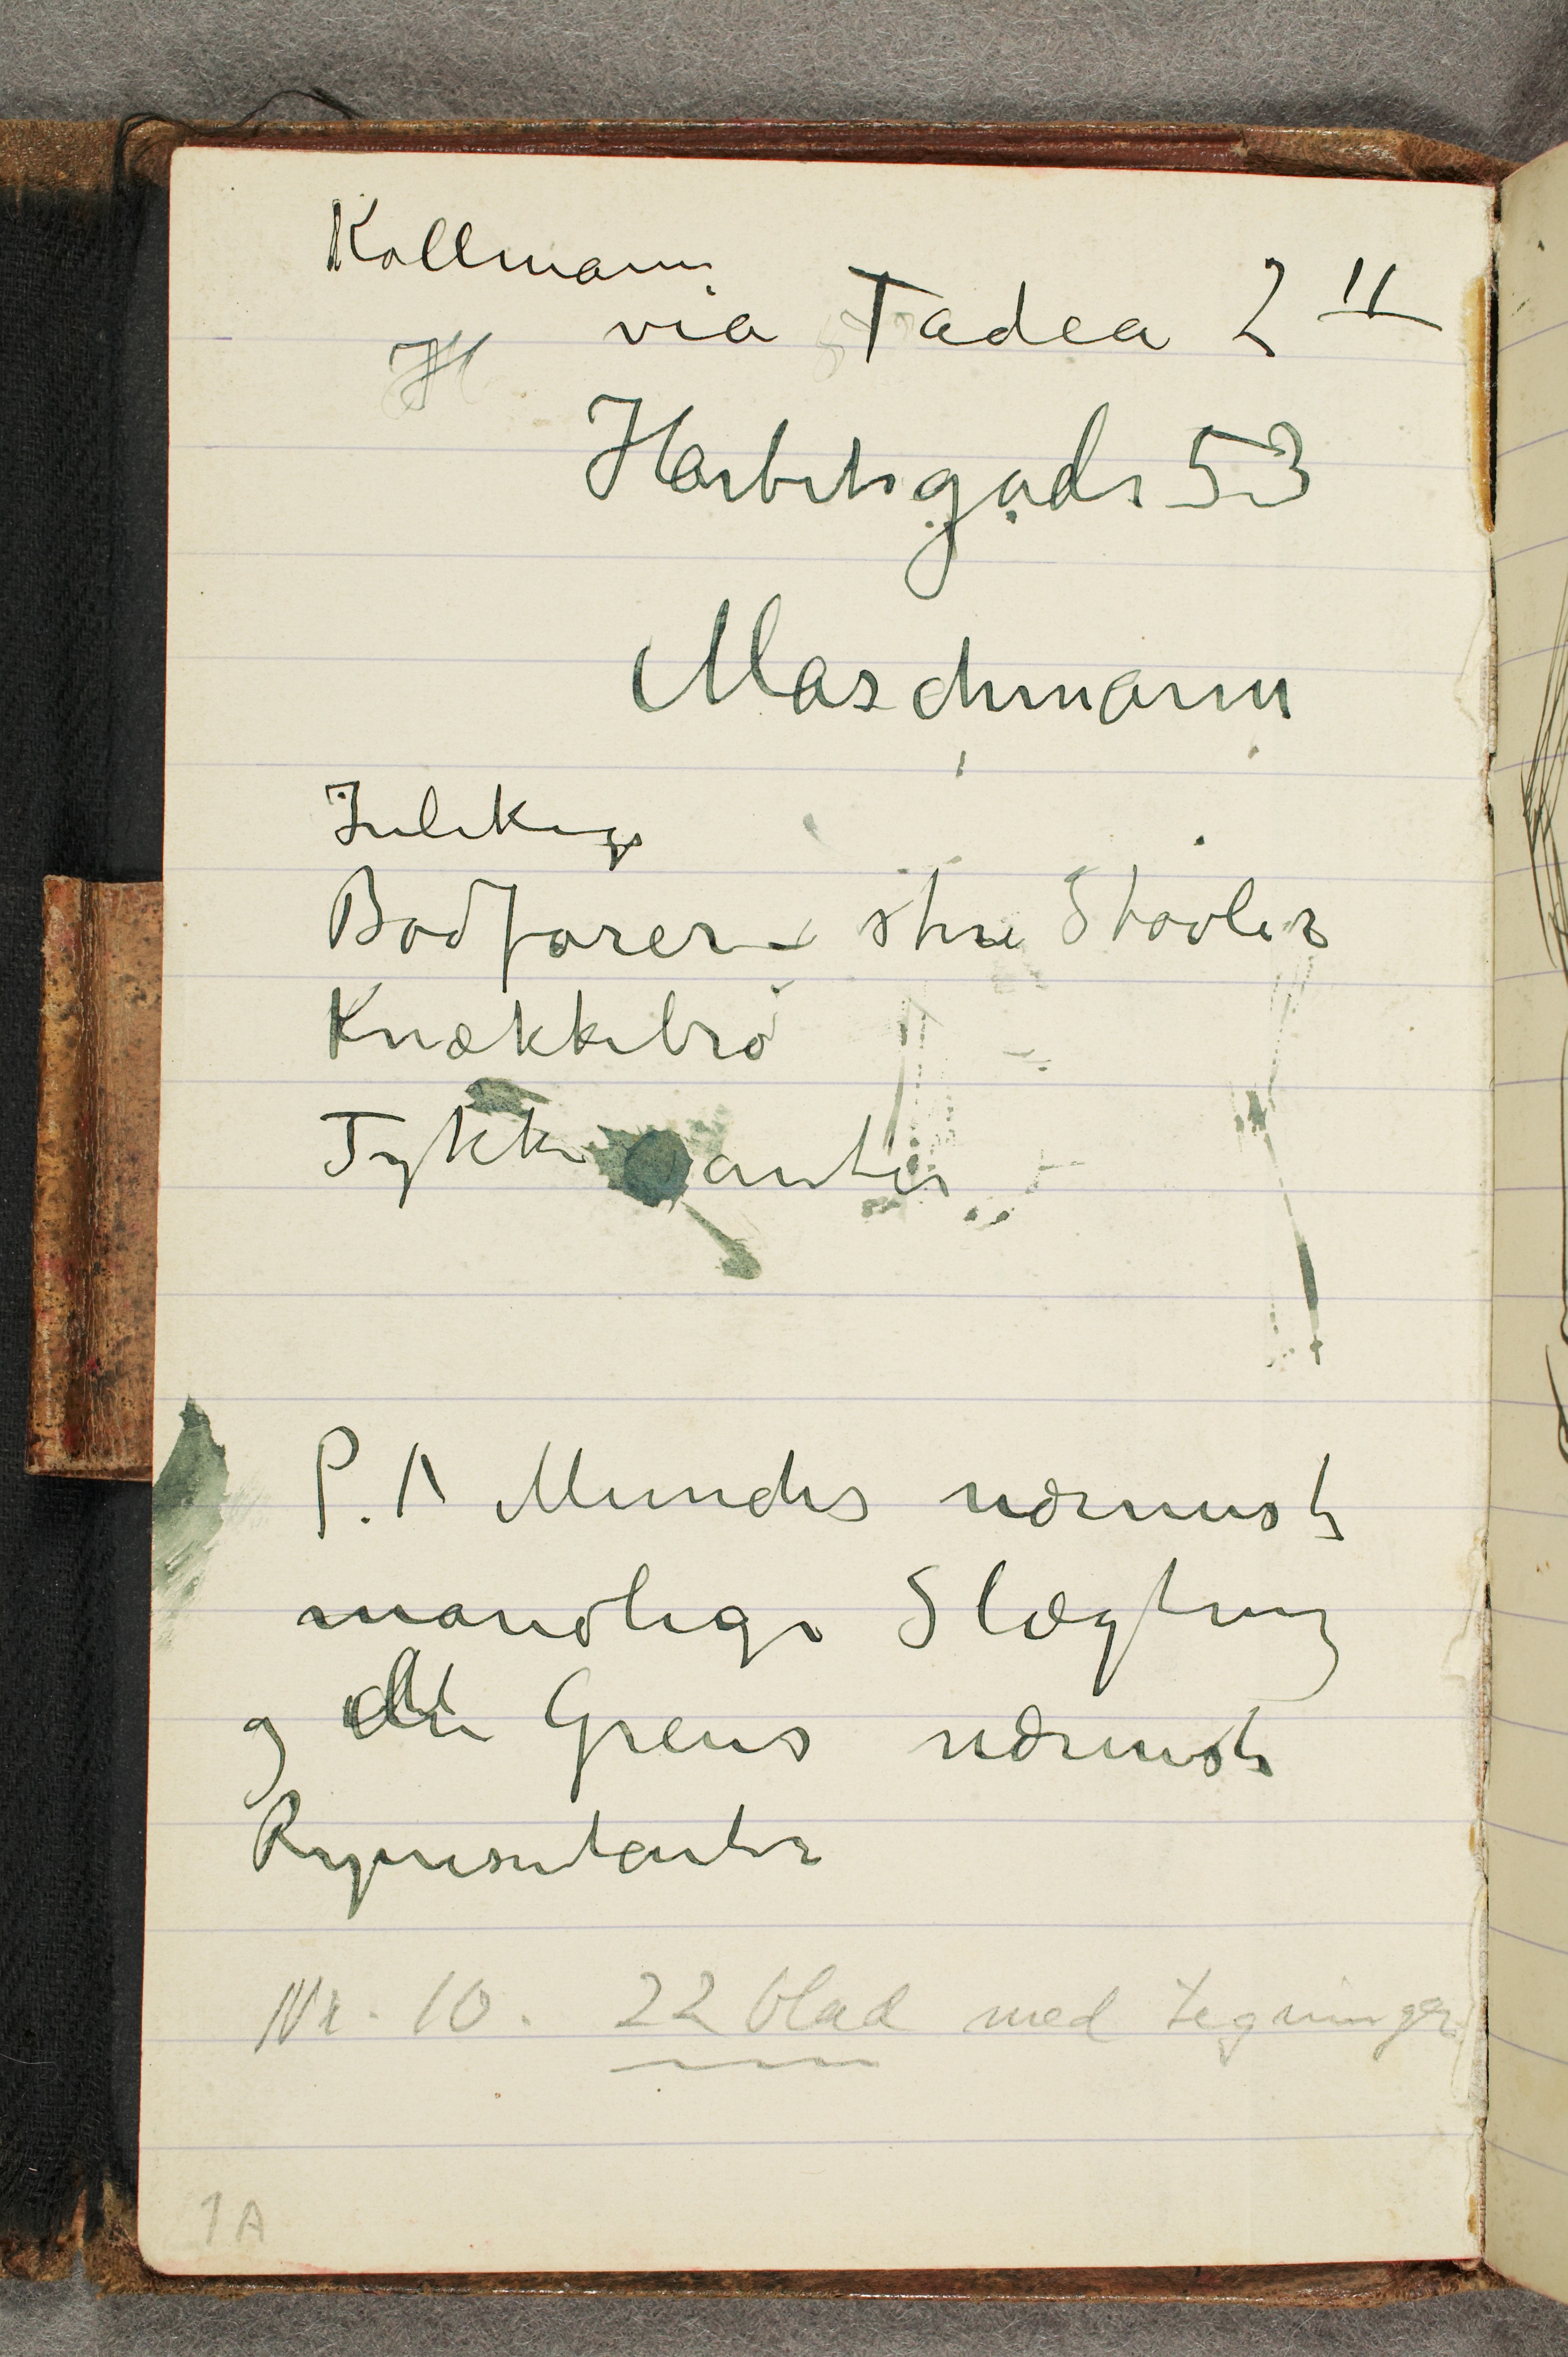
Kollmann
via Tadea 2 II
Harbitzgade 53
Maschmann
Indkøp
Bodfarer – store Støvler
Knækkebrø
Tykke vanter
P.A Munchs nærmeste
mandlige Slægting
og den Grens nærmeste
Representanter